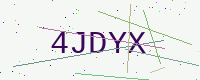
Text: 4JDYX